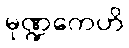
မုဏ္ဍကေဟိ